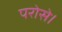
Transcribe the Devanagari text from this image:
परोसे।